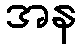
အန